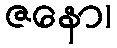
ဇနော၊